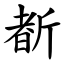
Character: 斱